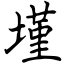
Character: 墐